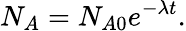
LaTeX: N_{A}=N_{A0}e^{-\lambda t}.